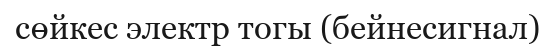
сөйкес электр тогы (бейнесигнал)